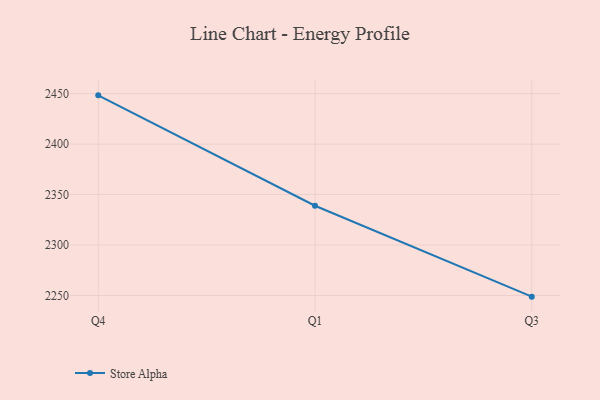
{"axis": {"x": "Quarter", "y": "Gross Profit (USD K)"}, "legend": ["Store Alpha"], "data": [{"x": "Q4", "y": 2448.3, "type": "Store Alpha"}, {"x": "Q1", "y": 2338.9, "type": "Store Alpha"}, {"x": "Q3", "y": 2248.8, "type": "Store Alpha"}]}